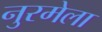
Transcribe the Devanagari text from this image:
नुरमेला